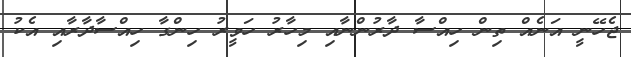
ޖެހޭނީ އަނެއް ތިން ހިއްސާ ދާރުންނާއި މިހާރު ހަވީރު ހިންގާ ހިއްސާދާރާއި އެކު